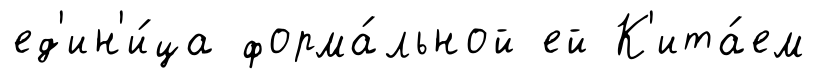
ед'ин'и́ца форма́льной ей К'ита́ем